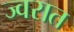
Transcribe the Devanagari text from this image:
ज्वरात